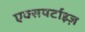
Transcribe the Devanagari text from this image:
एक्सपर्टाइज़